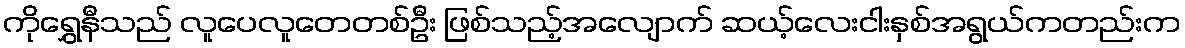
ကိုရွှေနီသည် လူပေလူတေတစ်ဦး ဖြစ်သည့်အလျောက် ဆယ့်လေးငါးနှစ်အရွယ်ကတည်းက